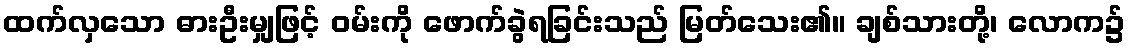
ထက်လှသော ဓားဦးမျှဖြင့် ဝမ်းကို ဖောက်ခွဲရခြင်းသည် မြတ်သေး၏။ ချစ်သားတို့၊ လောက၌